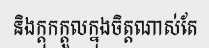
និងក្តុកក្តួលក្នុងចិត្តណាស់តែ